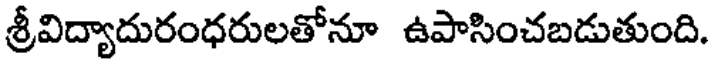
శ్రీవిద్యాదురంధరులతోనూ ఉపాసించబడుతుంది.